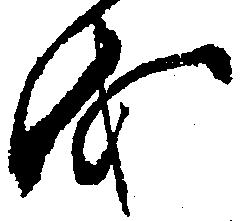
を